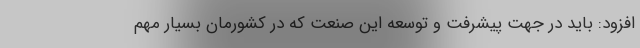
افزود: باید در جهت پیشرفت و توسعه این صنعت که در کشورمان بسیار مهم